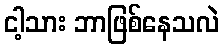
ငါ့သား ဘာဖြစ်နေသလဲ